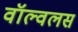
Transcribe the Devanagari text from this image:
वॉल्वलस